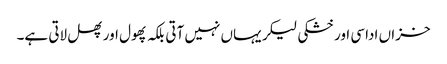
خزاں اداسی اور خشکی لیکر یہاں نہیں آتی بلکہ پھول اور پھل لاتی ہے۔